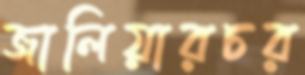
জালিয়ারচর